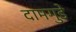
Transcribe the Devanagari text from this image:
दामगुडे